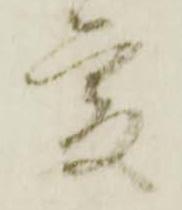
爰